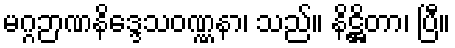
မဂ္ဂဉာဏနိဒ္ဒေသဝဏ္ဏနာ၊ သည်။ နိဋ္ဌိတာ၊ ပြီ။